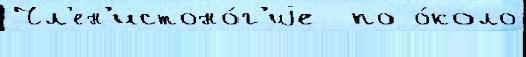
Чл'ен'истоно́г'иjе  по о́коло